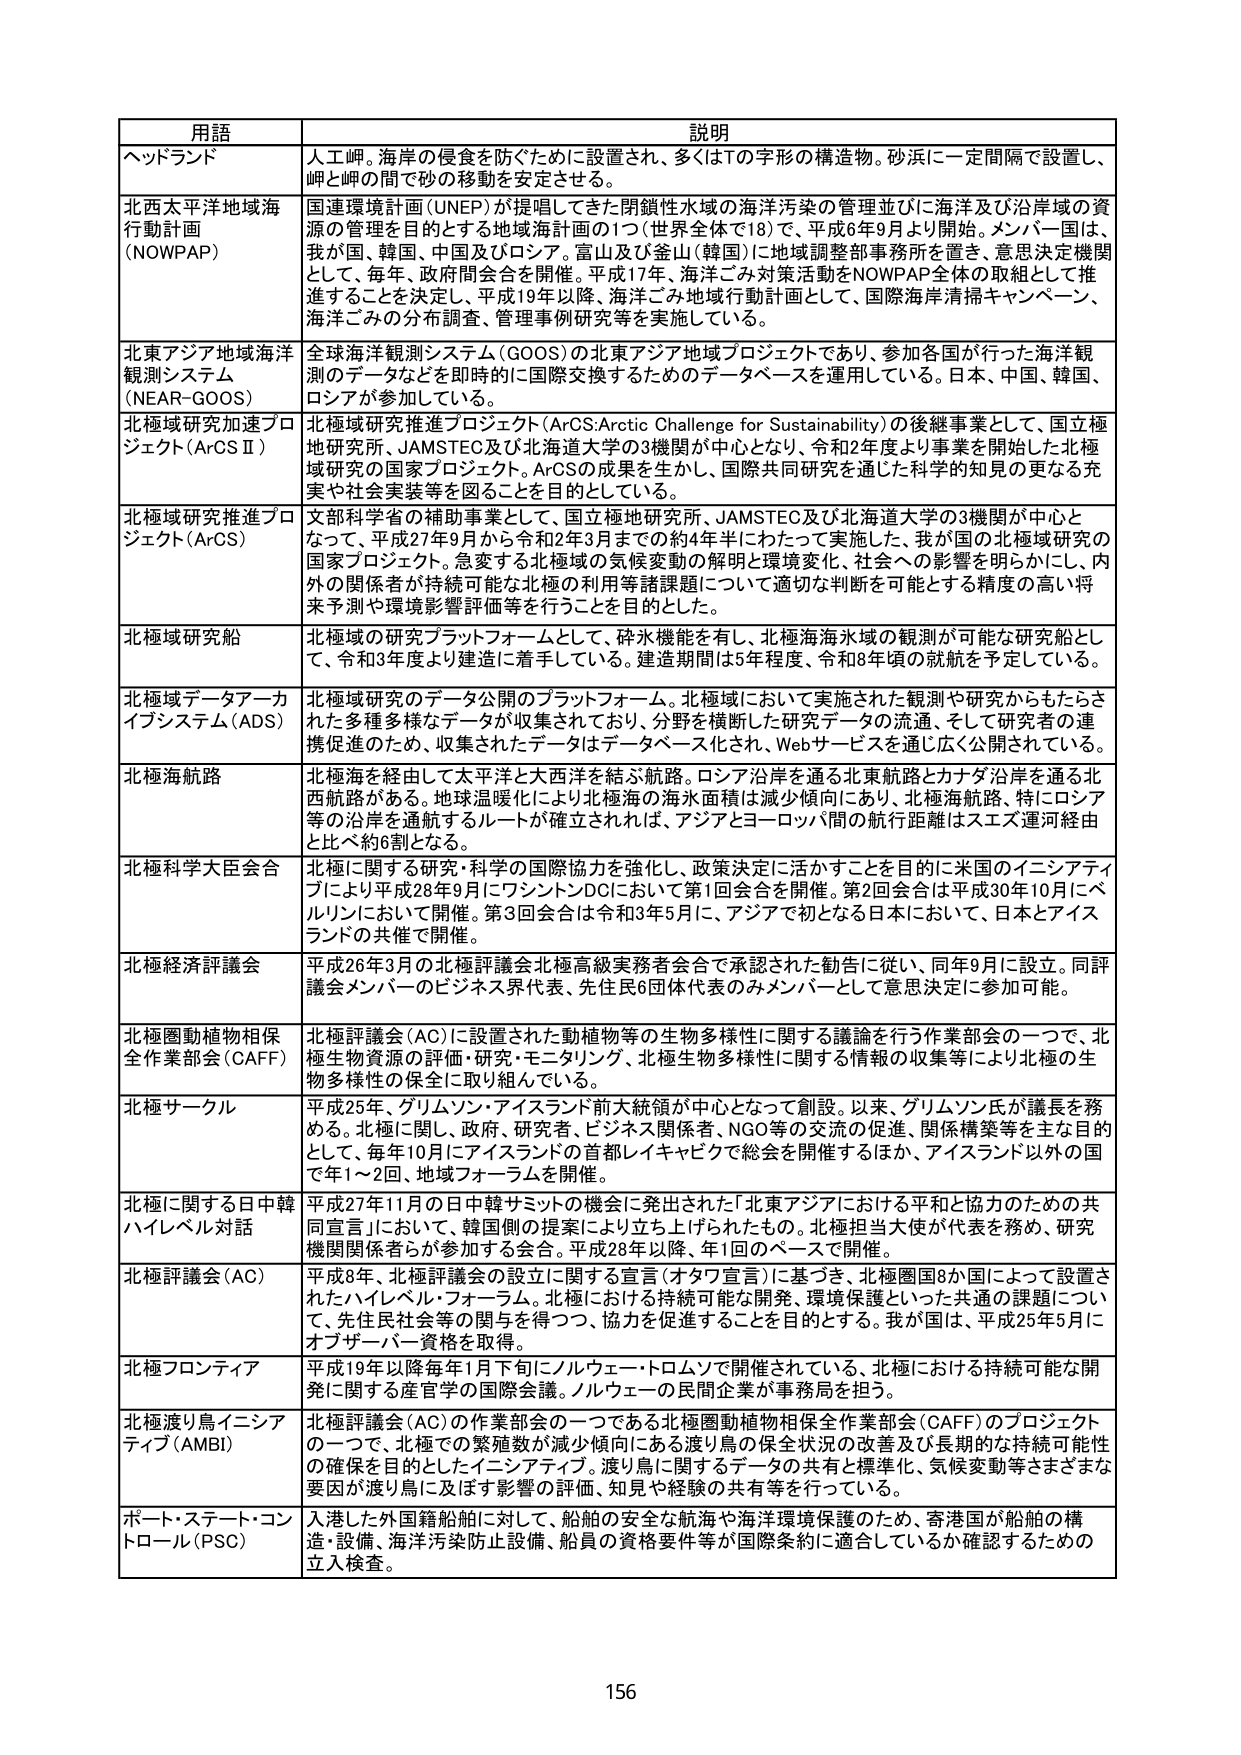
用語 説明
ヘッドランド 人工岬。海岸の侵食を防ぐために設置され、多くはTの字形の構造物。砂浜に一定間隔で設置し、岬と岬の間で砂の移動を安定させる。
北西太平洋地域海 行動計画 (NOWPAP) 国連環境計画 (UNEP) が提唱してきた閉鎖性水域の海洋汚染の管理並びに海洋及び沿岸域の資源の管理を目的とする地域海計画の1つ（世界全体で18）で、平成6年9月より開始。メンバー国は、我が国、韓国、中国及びロシア。富山及び釜山（韓国）に地域調整事務所を置き、意思決定機関として、毎年、政府間会合を開催。平成17年、海洋ごみ対策活動をNOWPAP全体の取組として推進することを決定し、平成19年以降、海洋ごみ地域行動計画として、国際海岸清掃キャンペーン、海洋ごみの分布調査、管理事例研究等を実施している。
北東アジア地域海洋 観測システム (NEAR-GOOS) 全球海洋観測システム (GOOS) の北東アジア地域プロジェクトであり、参加各国が行った海洋観測のデータなどを即時的に国際交換するためのデータベースを運用している。日本、中国、韓国、ロシアが参加している。
北極域研究加速プロジェクト (ArCS II) 北極域研究推進プロジェクト (ArCS:Arctic Challenge for Sustainability) の後継事業として、国立極地研究所、JAMSTEC及び北海道大学の3機関が中心となり、令和2年度より実施を開始した北極域研究の国家プロジェクト。ArCSの成果を生かし、国際共同研究を通じた科学的知見の更なる充実や社会実装等を図ることを目的としている。
北極域研究推進プロジェクト (ArCS) 文部科学省の補助事業として、国立極地研究所、JAMSTEC及び北海道大学の3機関が中心となって、平成27年9月から令和2年3月までの約4年半にわたって実施した、我が国の北極域研究の国家プロジェクト。急変する北極域の気候変動の解明と環境変化、社会への影響を明らかにし、内外の関係者が持続可能な北極の利用等諸課題について適切な判断を可能とする精度の高い将来予測や環境影響評価等を行うことを目的とした。
北極域研究船 北極域の研究プラットフォームとして、砕氷機能を有し、北極海海氷域の観測が可能な研究船として、令和3年度より建造に着手している。建造期間は5年程度、令和8年頃の就航を予定している。
北極域データアーカイブシステム (ADS) 北極域研究のデータ公開のプラットフォーム。北極域において実施された観測や研究からもたらされた多種多様なデータが収集されており、分野を横断した研究データの流通、そして研究者の連携促進のため、収集されたデータはデータベース化され、Webサービスを通じ広く公開されている。
北極海航路 北極海を経由して太平洋と大西洋を結ぶ航路。ロシア沿岸を通る北東航路とカナダ沿岸を通る北西航路がある。地球温暖化により北極海の海氷面積は減少傾向にあり、北極海航路、特にロシア等の沿岸を通航するルートが確立されれば、アジアとヨーロッパ間の航行距離はスエズ運河経由と比べ約6割となる。
北極科学大臣会合 北極に関する研究・科学の国際協力を強化し、政策決定に活かすことを目的に米国のイニシアティブにより平成28年9月にワシントンDCにおいて第1回会合を開催。第2回会合は平成30年10月にベルリンにおいて開催。第3回会合は令和3年5月に、アジアで初となる日本において、日本とアイスランドの共催で開催。
北極経済評議会 平成26年3月の北極評議会北極高級実務者会合で承認された勧告に従い、同年9月に設立。同評議会メンバーのビジネス界代表、先住民6団体代表のみメンバーとして意思決定に参加可能。
北極圏動植物相保全作業部会 (CAFF) 北極評議会 (AC) に設置された動植物等の生物多様性に関する議論を行う作業部会の一つで、北極生物資源の評価・研究・モニタリング、北極生物多様性に関する情報の収集等により北極の生物多様性の保全に取り組んでいる。
北極サークル 平成25年、グリムソン・アイスランド前大統領が中心となって創設。以来、グリムソン氏が議長を務める。北極に関し、政府、研究者、ビジネス関係者、NGO等の交流の促進、関係構築等を主な目的として、毎年10月にアイスランドの首都レイキャビクで総会を開催するほか、アイスランド以外の国で年1～2回、地域フォーラムを開催。
北極に関する日中韓ハイレベル対話 平成27年11月の日中韓サミットの機会に発出された「北東アジアにおける平和と協力のための共同宣言」において、韓国側の提案により立ち上げられたもの。北極担当大使が代表を務め、研究機関関係者らが参加する会合。平成28年以降、年1回のペースで開催。
北極評議会 (AC) 平成8年、北極評議会の設立に関する宣言（オタワ宣言）に基づき、北極圏国8か国によって設置されたハイレベル・フォーラム。北極における持続可能な開発、環境保護といった共通の課題について、先住民社会等の関与を得つつ、協力を促進することを目的とする。我が国は、平成25年5月にオブザーバー資格を取得。
北極フロンティア 平成19年以降毎年1月下旬にノルウェー・トロムソで開催されている、北極における持続可能な開発に関する産官学の国際会議。ノルウェーの民間企業が事務局を担う。
北極渡り鳥イニシアティブ (AMBI) 北極評議会 (AC) の作業部会の一つである北極圏動植物相保全作業部会 (CAFF) のプロジェクトの一つで、北極での繁殖数が減少傾向にある渡り鳥の保全状況の改善及び長期的な持続可能性の確保を目的としたイニシアティブ。渡り鳥に関するデータの共有と標準化、気候変動等さまざまな要因が渡り鳥に及ぼす影響の評価、知見や経験の共有等を行っている。
ポート・ステート・コントロール (PSC) 入港した外国籍船舶に対して、船舶の安全な航海や海洋環境保護のため、寄港国が船舶の構造・設備、海洋汚染防止設備、船員の資格要件等が国際条約に適合しているか確認するための立入検査。
156